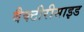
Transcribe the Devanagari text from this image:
बैक्टीरीसाइड